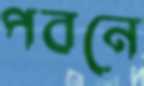
পবনে